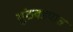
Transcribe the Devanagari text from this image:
सुंठवड्यात